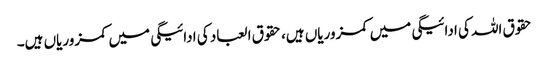
حقوق اللہ کی ادائیگی میں کمزوریاں ہیں، حقوق العباد کی ادائیگی میں کمزوریاں ہیں۔